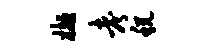
樾考税